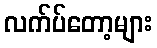
လက်ပ်တော့များ